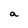
Character: a